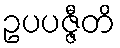
ဥပပဇ္ဇီတိ